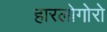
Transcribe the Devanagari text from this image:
हारलोगोरो